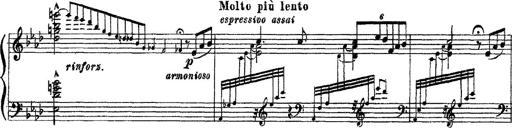
Title: 3 sonetti di Petrarca
Composer: Franz Liszt